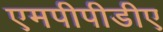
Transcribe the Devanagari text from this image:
एमपीपीडीए